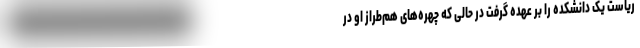
ریاست یک دانشکده را بر عهده گرفت در حالی که چهره‌های هم‌طراز او در